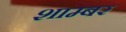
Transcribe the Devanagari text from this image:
शाम्बर